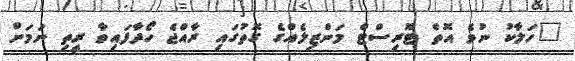
"ހަލާކު ނުވެ އޮތް ޓޫރިސްޓް މަންޒިލެއްގެ ގޮތުގައި ރާއްޖެ ހޯދާފައިވާ ރީތި ނަމަށް